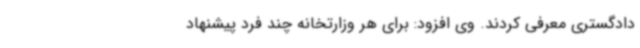
دادگستری معرفی کردند. وی افزود: برای هر وزارتخانه چند فرد پیشنهاد